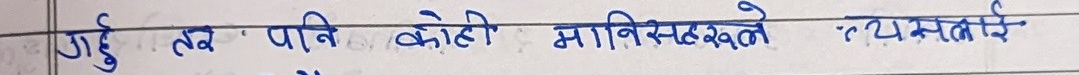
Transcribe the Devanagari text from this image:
गहुँ तथा पानि कोही मानिसहरूले त्यसतारे